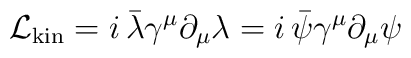
\mathcal{L}_{\rm kin}=i\, \bar\lambda \gamma^\mu \partial_\mu\lambda=i\, \bar\psi \gamma^\mu \partial_\mu \psi